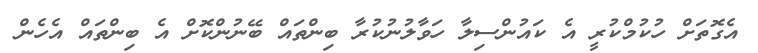
އެގޮތަށް ހުކުމްކުރީ އެ ކައުންސިލާ ހަވާލުނުކުރާ ބިންތައް ބޭނުންކޮށް އެ ބިންތައް އެހެން